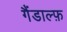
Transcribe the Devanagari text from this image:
गैंडाल्फ़